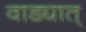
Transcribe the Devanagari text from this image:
वाड्यात्